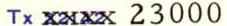
Tx xxxx 23000